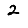
Digit: 2